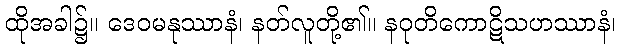
ထိုအခါ၌။ ဒေဝမနုဿာနံ၊ နတ်လူတို့၏။ နဝုတိကောဋိသဟဿာနံ၊